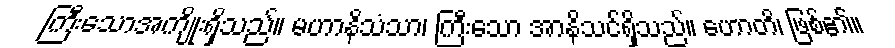
ကြီးသောအကျိုးရှိသည်။ မဟာနိသံသာ၊ ကြီးသော အာနိသင်ရှိသည်။ ဟောတိ၊ ဖြစ်၏။